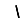
Digit: 1